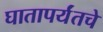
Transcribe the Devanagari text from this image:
घातापर्यंतचे